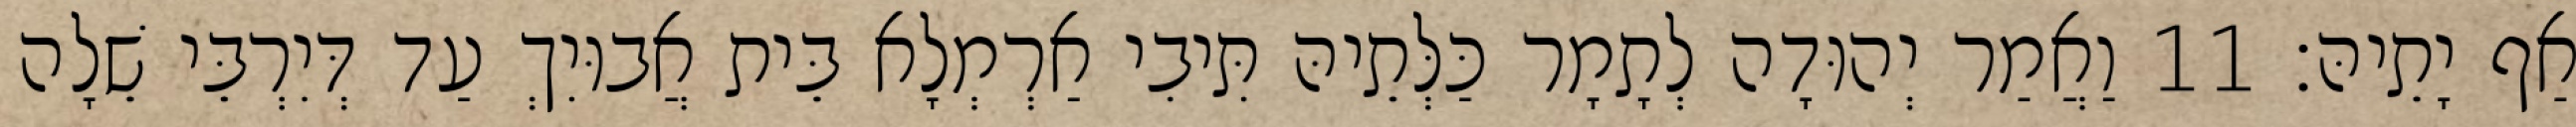
אַף יָתֵיהּ׃ 11 וַאֲמַר יְהוּדָה לְתָמָר כַּלְּתֵיהּ תִּיבִי אַרְמְלָא בֵּית אֲבוּיִךְ עַד דְּיִרְבֵּי שֵׁלָה